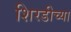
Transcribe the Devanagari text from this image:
शिरडीच्या